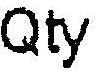
QTY